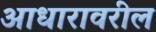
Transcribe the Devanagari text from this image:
आधारावरील